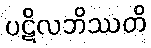
ပဋိလဘိဿတိ